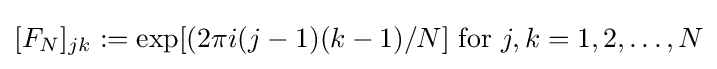
[F_{N}]_{jk}:=\exp[(2\pi i(j-1)(k-1)/N]{\text{ for }}j,k=1,2,\dots ,N